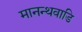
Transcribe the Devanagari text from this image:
मानन्थवाडि